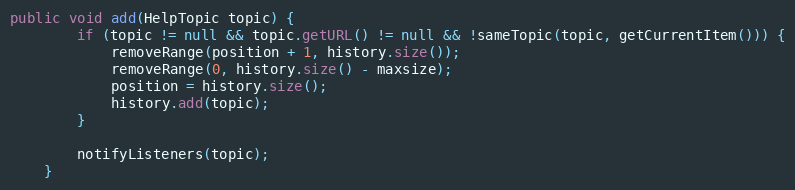
Language: Java
public void add(HelpTopic topic) {
        if (topic != null && topic.getURL() != null && !sameTopic(topic, getCurrentItem())) {
            removeRange(position + 1, history.size());
            removeRange(0, history.size() - maxsize);
            position = history.size();
            history.add(topic);
        }

        notifyListeners(topic);
    }